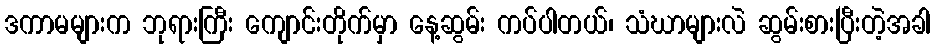
ဒကာမများက ဘုရားကြီး ကျောင်းတိုက်မှာ နေ့ဆွမ်း ကပ်ပါတယ်၊ သံဃာများလဲ ဆွမ်းစားပြီးတဲ့အခါ